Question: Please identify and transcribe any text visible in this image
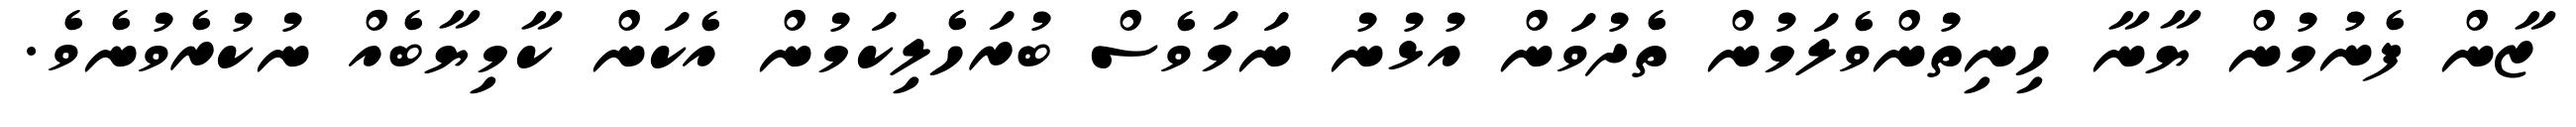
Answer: ޒާން ފެނުމުން ޔާނާ ހިނިތުންވެލަމުން ތެދުވަން އުޅުނު ނަމަވެސް ބުރަހެލިކަމުން އެކަން ކާމިޔާބެއް ނުކުރެވުނެވެ.